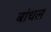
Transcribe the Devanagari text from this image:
बांधल